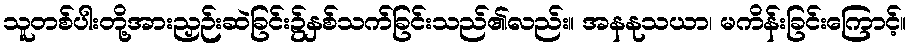
သူတစ်ပါးတို့အားညှဉ်းဆဲခြင်း၌နှစ်သက်ခြင်းသည်၏လည်း။ အနနုသယာ၊ မကိန်းခြင်းကြောင့်။